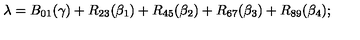
\lambda = B _ { 0 1 } ( \gamma ) + R _ { 2 3 } ( \beta _ { 1 } ) + R _ { 4 5 } ( \beta _ { 2 } ) + R _ { 6 7 } ( \beta _ { 3 } ) + R _ { 8 9 } ( \beta _ { 4 } ) ;